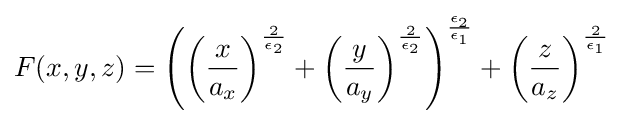
F(x,y,z)=\left(\left({\frac {x}{a_{x}}}\right)^{\frac {2}{\epsilon _{2}}}+\left({\frac {y}{a_{y}}}\right)^{\frac {2}{\epsilon _{2}}}\right)^{\frac {\epsilon _{2}}{\epsilon _{1}}}+\left({\frac {z}{a_{z}}}\right)^{\frac {2}{\epsilon _{1}}}